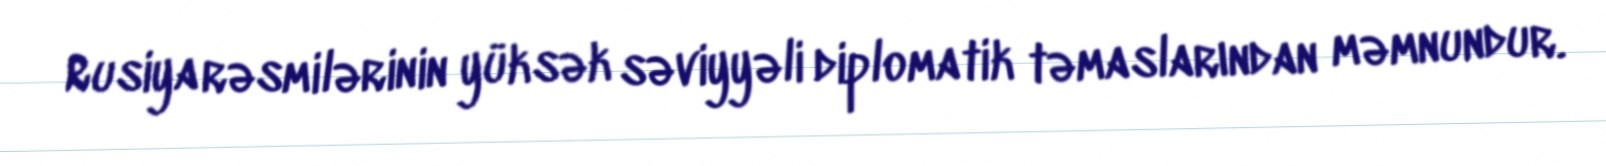
Rusiya rəsmilərinin yüksək səviyyəli diplomatik təmaslarından məmnundur.